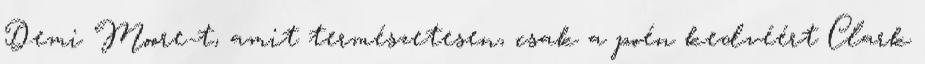
Demi Moore-t, amit természetesen, csak a poén kedvéért Clark